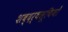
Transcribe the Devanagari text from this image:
शब्दर्थसूचियों